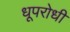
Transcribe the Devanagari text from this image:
धूपरोधी